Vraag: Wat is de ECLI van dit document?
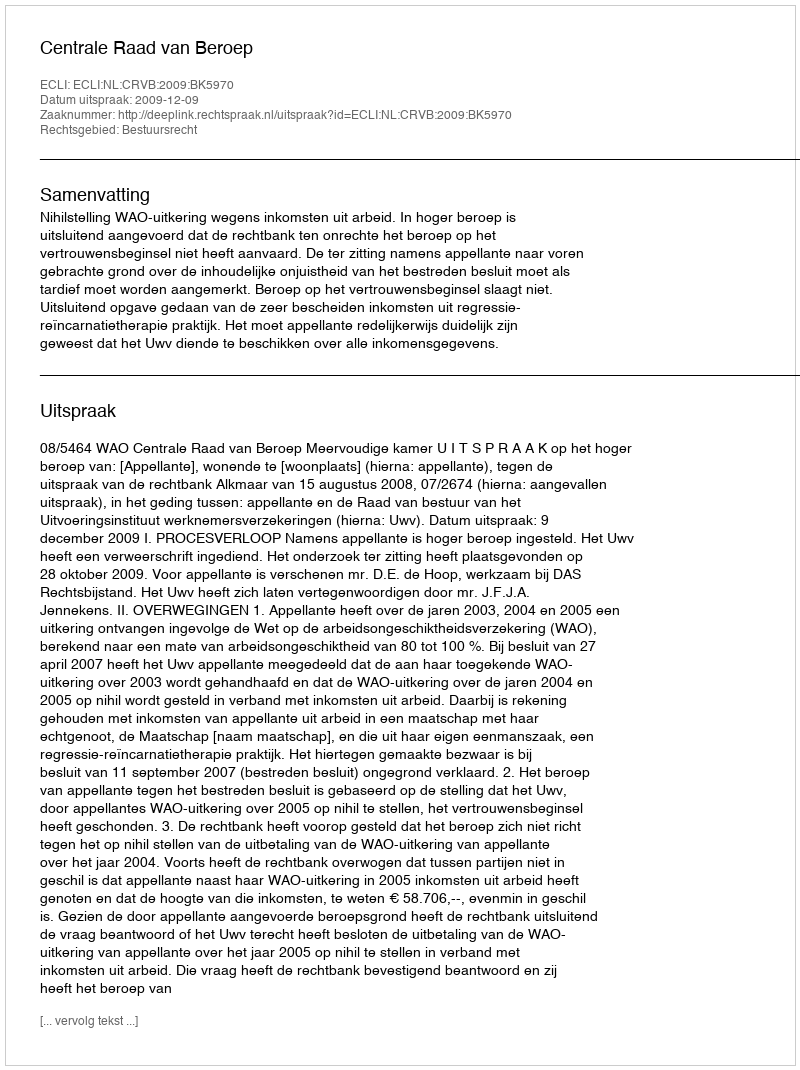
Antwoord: ECLI:NL:CRVB:2009:BK5970